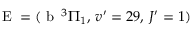
\textrm { E } = ( \textrm { b } \, ^ { 3 } \Pi _ { 1 } , \, v ^ { \prime } = 2 9 , \, J ^ { \prime } = 1 )